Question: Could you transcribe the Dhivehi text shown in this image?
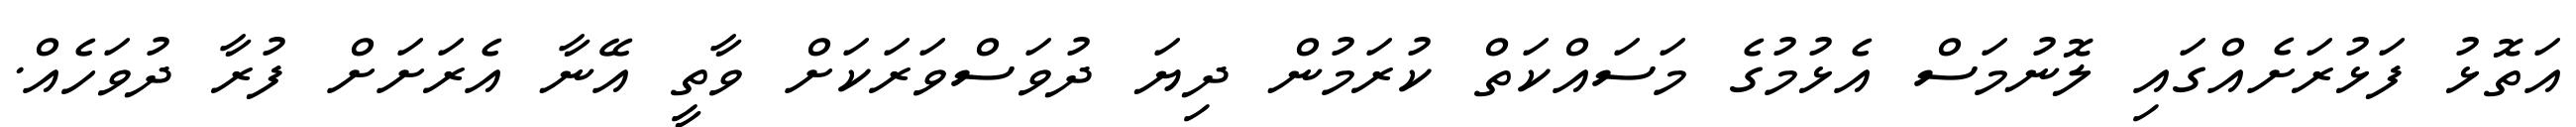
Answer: އަތޮޅު ފަޅުރަށެއްގައި ލޮނުމަސް އެޅުމުގެ މަސައްކަތް ކުރަމުން ދިޔަ ދުވަސްވަރަކަށް ވާތީ އޭނާ އެރަށަށް ފުރާ ދުވަހެއް.